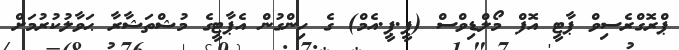
ޕްރޮގްރެސިވް ޕާޓީ އޮފް މޯލްޑިވްސް (ޕީ.ޕީ.އެމް) ގެ ހިންގުން އެޕާޓީގެ މުޝްތަޝާރާ ޙަވާލުކުރުމަށް